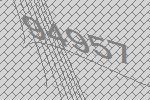
94957